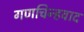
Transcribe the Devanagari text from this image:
गणचिन्हवाद